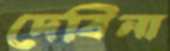
দেবিনা